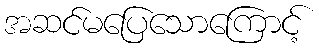
အဆင်မပြေသောကြောင့်